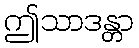
ဤသာဒန္တာ